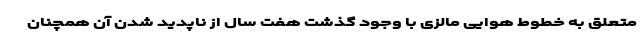
متعلق به خطوط هوایی مالزی با وجود گذشت هفت سال از ناپدید شدن آن همچنان